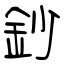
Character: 鈔